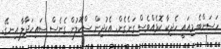
ހަސަންބެ މިއައީ ހެދިކާ ކޮޅެއްވެސް ގަނެގެން. އެކުދިން ސްކޫލުން ގެނެސް ސައިހަދާލާ އިނގޭ.